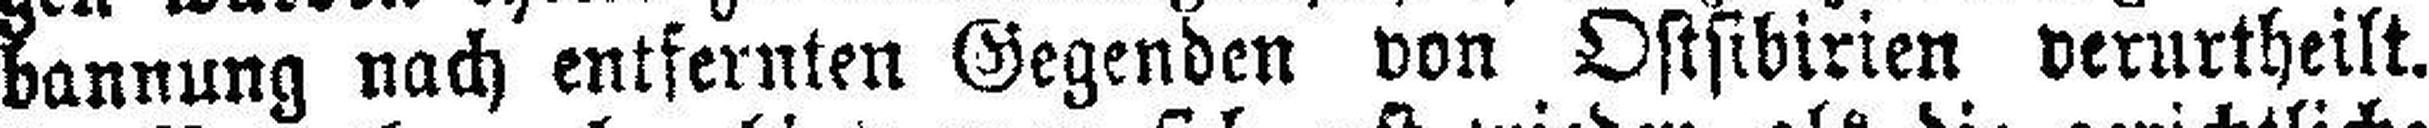
bannung nach entfernten Gegenden von Ostsibirien verurtheilt.